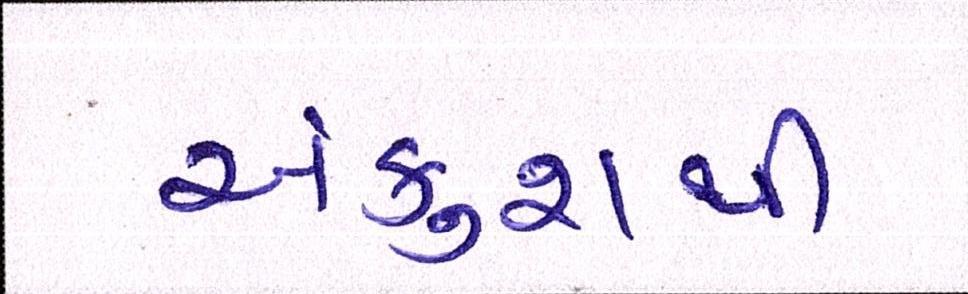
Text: અંકુશથી